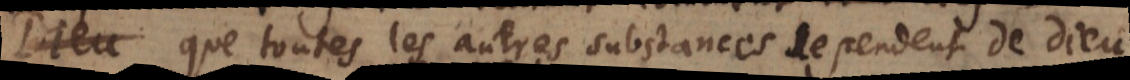
Dieu que toutes les autres substances dependent de Dieu